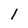
Character: 1